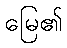
မြေ၏